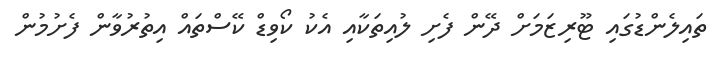
ތައިލެންޑުގައި ޓޫރިޒަމަށް ދޭން ފެށި ލުއިތަކާއި އެކު ކޯވިޑް ކޭސްތައް އިތުރުވާން ފެށުމުން